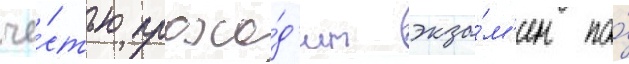
че́стью прохо́д'ит экза́м'ен по́